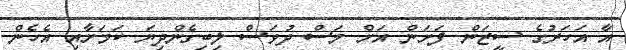
އާ އަހަރުގެ ސީޒަން ފަށަން އަށް މަސް ދުވަސް ލިބިގެންދިޔަ ކަމަށާއި އެހެން